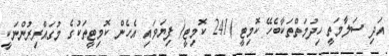
އަދި ސަލާމަތީ ހިދުމަތްތަކާބެހޭ ކޮމިޓީ )241 ކޮމިޓީ( ފިޔަވައި އެހެން ކޮމިޓީތަކުގެ މުގައްރިރުންނަކީ